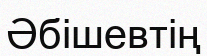
Әбішевтің